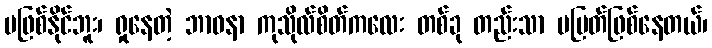
မဖြစ်နိုင်ဘူး၊ ရှုနေတဲ့ ဘာဝနာ ကုသိုလ်စိတ်ကလေး တစ်ခု တည်းသာ မပြတ်ဖြစ်နေတယ်၊